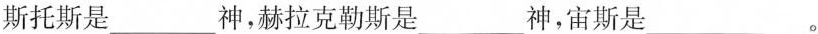
斯托斯是___神，赫拉克勒斯是___神，宙斯是___。